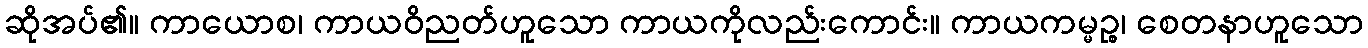
ဆိုအပ်၏။ ကာယောစ၊ ကာယဝိညတ်ဟူသော ကာယကိုလည်းကောင်း။ ကာယကမ္မဉ္စ၊ စေတနာဟူသော